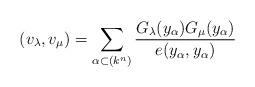
LaTeX: \begin{align*}(v_{\lambda },v_{\mu })=\sum_{\alpha \subset (k^{n})}\frac{G_{\lambda}(y_{\alpha })G_{\mu }(y_{\alpha })}{e(y_{\alpha },y_{\alpha })}\end{align*}